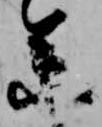
参